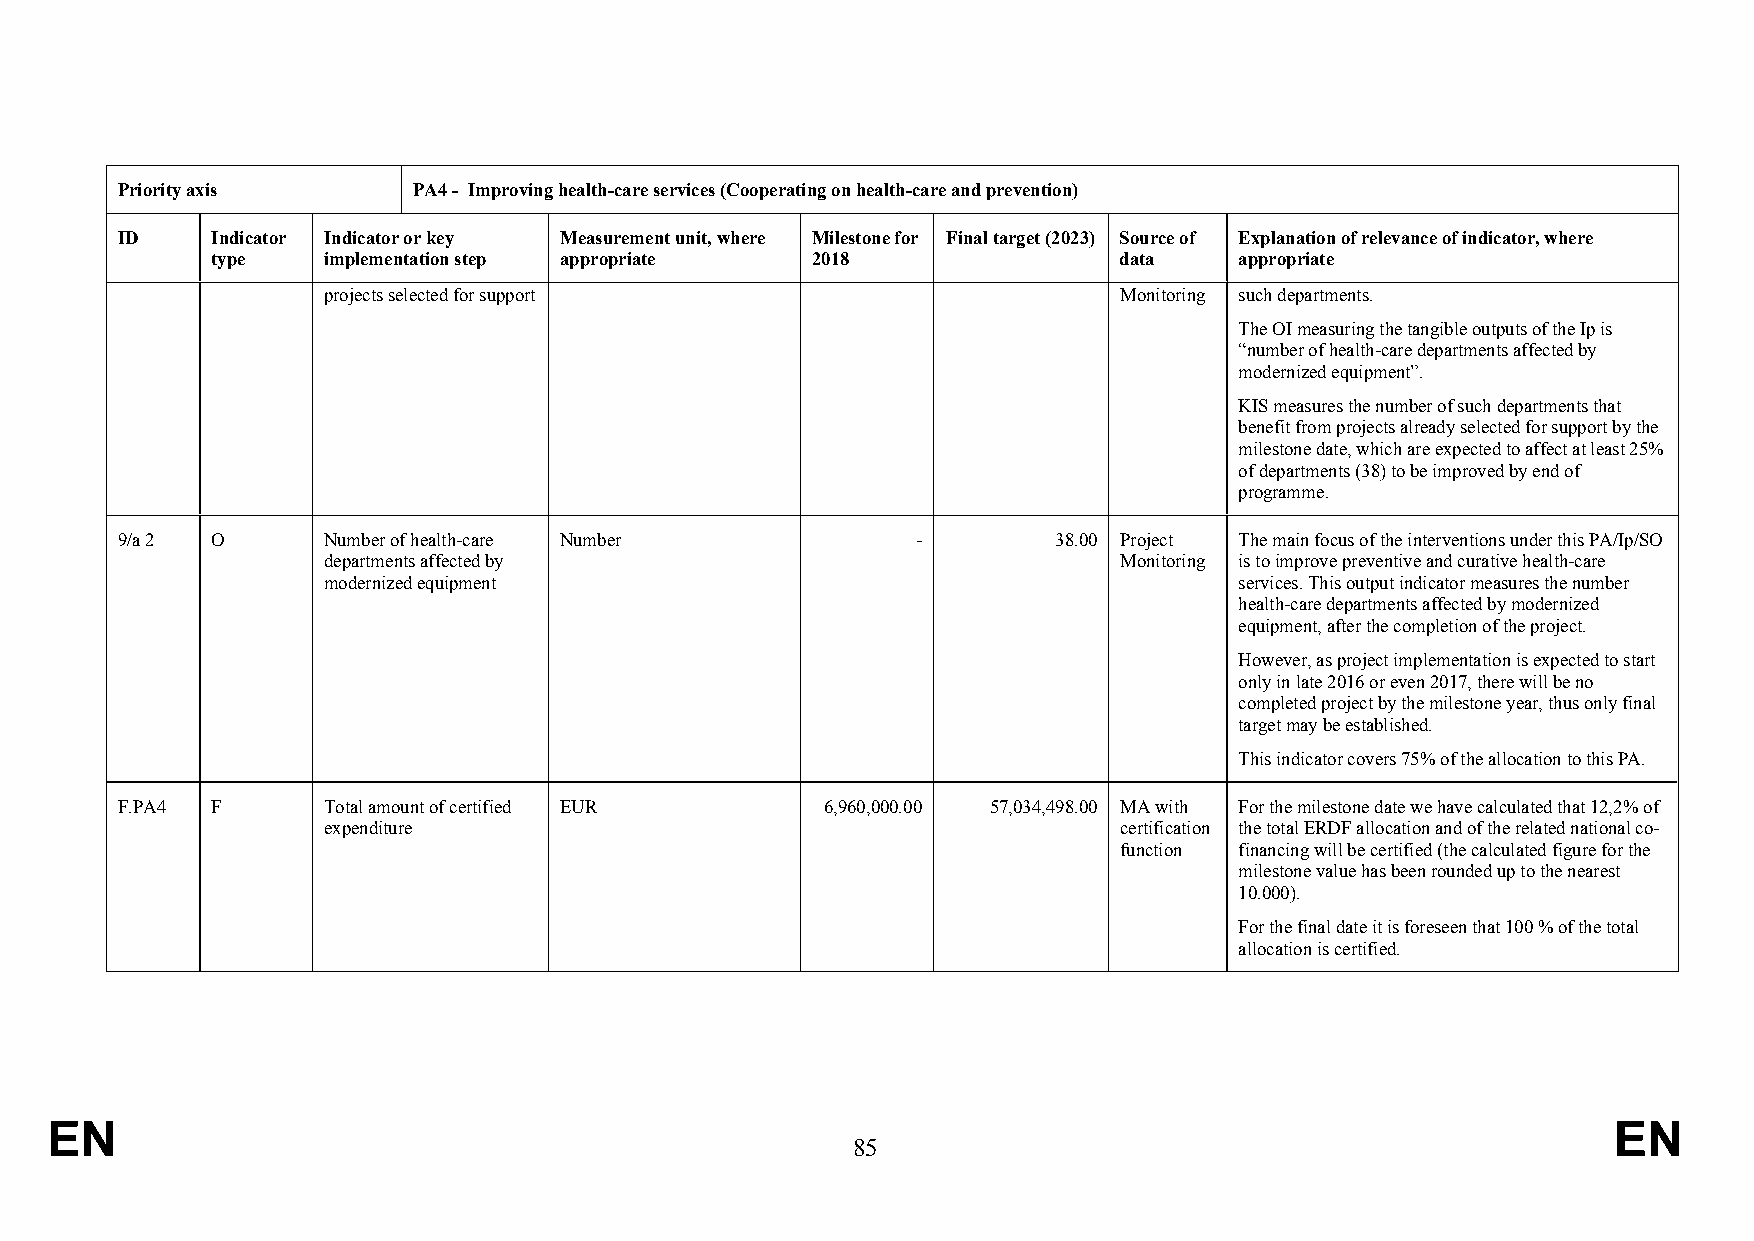
Priority axis      PA4 - Improving health-care services (Cooperating on health-care and prevention)
 ID    Indicator Indicator or key Measurement unit, where Milestone for Final target (2023) Source of Explanation of relevance of indicator, where
 type   implementation step appropriate  2018                data    appropriate
 projects selected for support                        Monitoring such departments.
 The OI measuring the tangible outputs of the Ip is
 “number of health-care departments affected by
 modernized equipment”.
 KIS measures the number of such departments that
 benefit from projects already selected for support by the
 milestone date, which are expected to affect at least 25%
 of departments (38) to be improved by end of
 programme.
 9/a 2 O      Number of health-care Number            -        38.00 Project The main focus of the interventions under this PA/Ip/SO
 departments affected by                              Monitoring is to improve preventive and curative health-care
 modernized equipment                                         services. This output indicator measures the number
 health-care departments affected by modernized
 equipment, after the completion of the project.
 However, as project implementation is expected to start
 only in late 2016 or even 2017, there will be no
 completed project by the milestone year, thus only final
 target may be established.
 This indicator covers 75% of the allocation to this PA.
 F.PA4 F      Total amount of certified EUR     6,960,000.00 57,034,498.00 MA with For the milestone date we have calculated that 12,2% of
 expenditure                                          certification the total ERDF allocation and of the related national co-
 function financing will be certified (the calculated figure for the
 milestone value has been rounded up to the nearest
 10.000).
 For the final date it is foreseen that 100 % of the total
 allocation is certified.
 EN                                                                                                      EN
 85